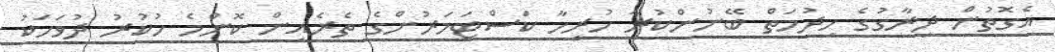
އެގޮތުން ދިރާގުގެ ހިދުމަތް ބޭނުންކުރާ ހުރިހާ ކަސްޓަމަރުންގެ ތެރެއިން ކޮންމެ ހުކުރު ދުވަހަކު